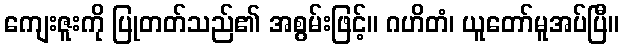
ကျေးဇူးကို ပြုတတ်သည်၏ အစွမ်းဖြင့်။ ဂဟိတံ၊ ယူတော်မူအပ်ပြီ။